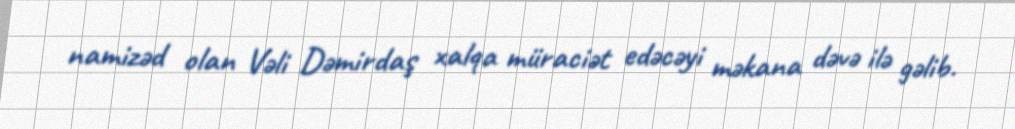
namizəd olan Vəli Dəmirdaş xalqa müraciət edəcəyi məkana dəvə ilə gəlib.